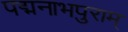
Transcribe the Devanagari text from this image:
पद्मनाभपुराम्